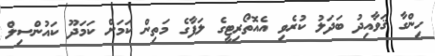
ހިންގާ ޤަވާއިދު ބަދަލު ކުރެވި އެއޮތޯރިޓީގެ ލަފާގެ މަތިން ކަމަށް ކަމަދޫ ކައުންސިލް